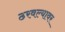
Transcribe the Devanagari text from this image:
ठरवल्यावर